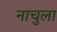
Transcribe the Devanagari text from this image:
नाचुला